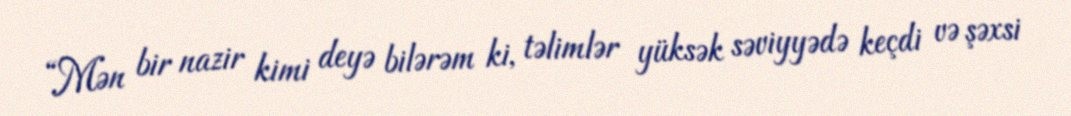
“Mən bir nazir kimi deyə bilərəm ki, təlimlər yüksək səviyyədə keçdi və şəxsi